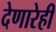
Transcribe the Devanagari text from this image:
देणारेही